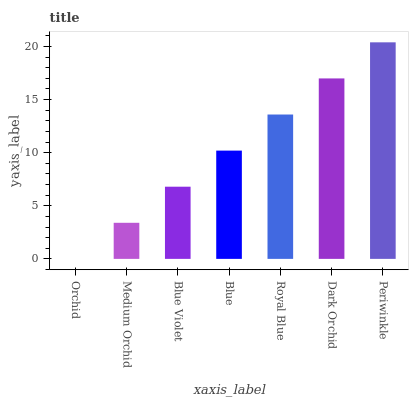
| xaxis_label | bars |
 | --- | --- |
 | Orchid | 0 |
 | Medium Orchid | 3.4 |
 | Blue Violet | 6.8 |
 | Blue | 10.2 |
 | Royal Blue | 13.6 |
 | Dark Orchid | 17 |
 | Periwinkle | 20.4 |